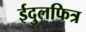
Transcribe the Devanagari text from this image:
ईदुलफित्र